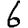
Digit: 6